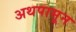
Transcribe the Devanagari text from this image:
अथपासून